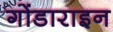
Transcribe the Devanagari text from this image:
गोंडाराइन